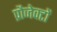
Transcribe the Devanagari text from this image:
प्रौजेक्टों